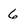
Character: 6